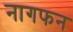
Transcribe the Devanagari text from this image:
नागफन